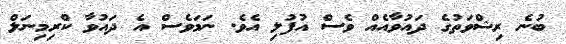
ބުނެ ރިޝްވަތުގެ ދައުވާއެއް ވެސް އުފުލި އެވެ. ނަމަވެސް އެ ދައުވާ ކްރިމިނަލް